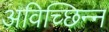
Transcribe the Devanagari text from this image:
अविच्छिन्‍न